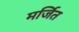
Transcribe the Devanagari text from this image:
मर्जित